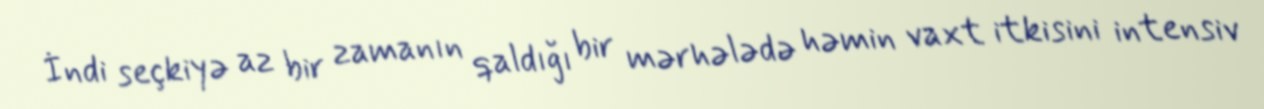
İndi seçkiyə az bir zamanın qaldığı bir mərhələdə həmin vaxt itkisini intensiv